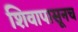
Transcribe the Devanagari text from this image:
शिवापासूनच